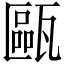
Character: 甌